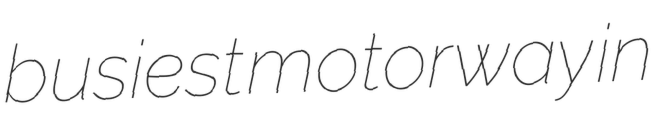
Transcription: busiest motorway in